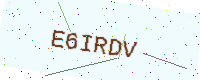
Text: E6IRDV